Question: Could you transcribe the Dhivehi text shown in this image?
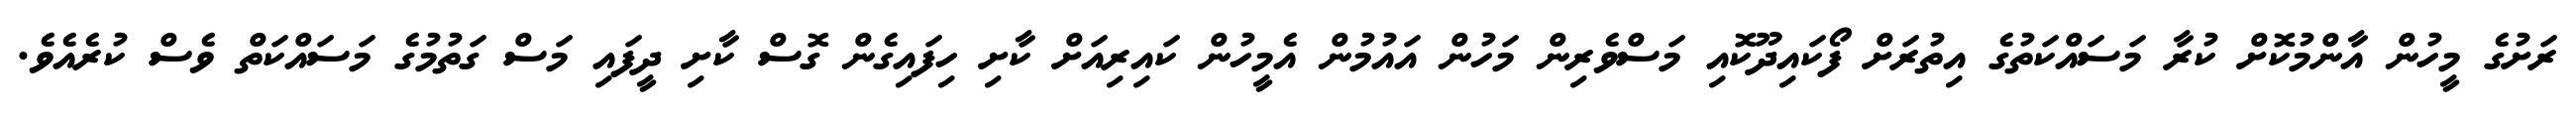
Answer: ރަށުގެ މީހުން އާންމުކޮށް ކުރާ މަސައްކަތުގެ އިތުރަށް ފޯކައިދޫކޮއި މަސްވެރިން މަހުން އައުމުން އެމީހުން ކައިރިއަށް ކާށި ހިފައިގެން ގޮސް ކާށި ދީފައި މަސް ގަތުމުގެ މަސައްކަތް ވެސް ކުރެއެވެ.